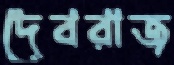
দেবরাজ